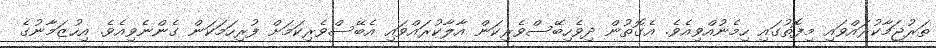
ތަރުޖަމާކުރައްވައި މިފޮތުގައި ހިމެނުއްވިއެވެ. އެގޮތުން ދިވެހިބޭސްވެރިކަން އާލާކުރައްވައި އެބޭސްވެރިކަމަށް ފުރިހަމަކަން ގެންނެވިއެވެ. އިހުޒަމާނުގެ